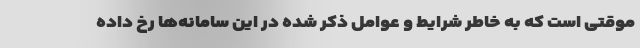
موقتی است که به خاطر شرایط و عوامل ذکر شده در این سامانه‌ها رخ داده